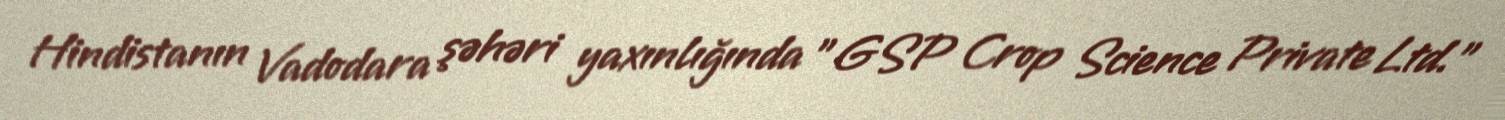
Hindistanın Vadodara şəhəri yaxınlığında "GSP Crop Science Private Ltd."